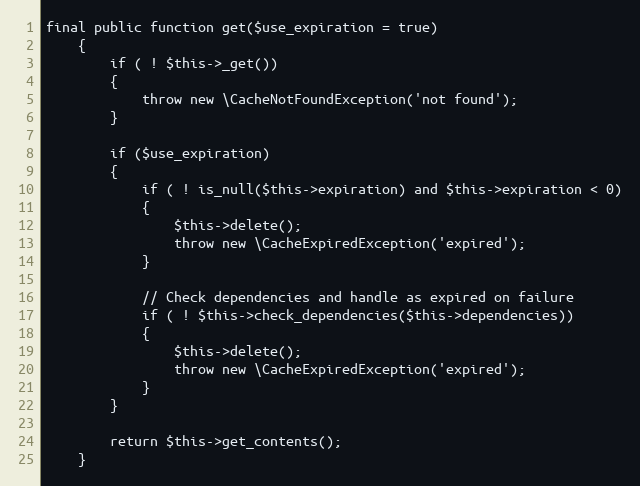
Language: PHP
final public function get($use_expiration = true)
	{
		if ( ! $this->_get())
		{
			throw new \CacheNotFoundException('not found');
		}

		if ($use_expiration)
		{
			if ( ! is_null($this->expiration) and $this->expiration < 0)
			{
				$this->delete();
				throw new \CacheExpiredException('expired');
			}

			// Check dependencies and handle as expired on failure
			if ( ! $this->check_dependencies($this->dependencies))
			{
				$this->delete();
				throw new \CacheExpiredException('expired');
			}
		}

		return $this->get_contents();
	}